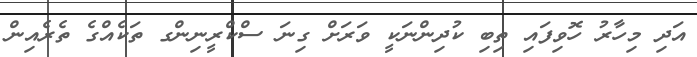
އަދި މިހާރު ހޮވިފައި ތިބި ކުދިންނަކީ ވަރަށް ގިނަ ސްކްރީނިންގ ތަކެއްގެ ތެރެއިން